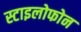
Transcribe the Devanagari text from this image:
स्टाइलोफोन